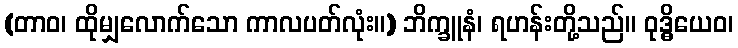
(တာဝ၊ ထိုမျှလောက်သော ကာလပတ်လုံး။) ဘိက္ခူနံ၊ ရဟန်းတို့သည်။ ဝုဒ္ဓိယေဝ၊